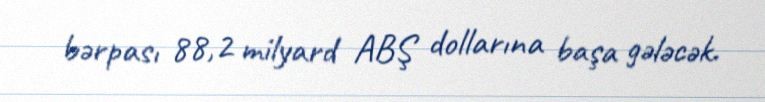
bərpası 88,2 milyard ABŞ dollarına başa gələcək.